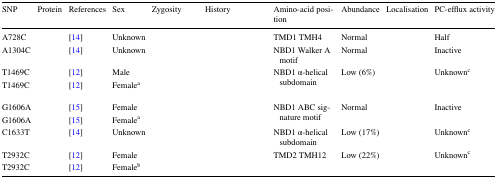
<table><thead><tr><td><b>SNP</b></td><td><b>Protein</b></td><td><b>References</b></td><td><b>Sex</b></td><td><b>Zygosity</b></td><td><b>History</b></td><td><b>Amino-acid position</b></td><td><b>Abundance</b></td><td><b>Localisation</b></td><td><b>PC-efflux activity</b></td></tr></thead><tbody><tr><td>A728C</td><td>[EMPTY_CELL]</td><td>[14]</td><td>Unknown</td><td>[EMPTY_CELL]</td><td>[EMPTY_CELL]</td><td>TMD1 TMH4</td><td>Normal</td><td>[EMPTY_CELL]</td><td>Half</td></tr><tr><td>A1304C</td><td>[EMPTY_CELL]</td><td>[14]</td><td>Unknown</td><td>[EMPTY_CELL]</td><td>[EMPTY_CELL]</td><td>NBD1 Walker A motif</td><td>Normal</td><td>[EMPTY_CELL]</td><td>Inactive</td></tr><tr><td>T1469C</td><td>[EMPTY_CELL]</td><td>[12]</td><td>Male</td><td>[EMPTY_CELL]</td><td>[EMPTY_CELL]</td><td rowspan="2">NBD1 α-helical subdomain</td><td rowspan="2">Low (6%)</td><td rowspan="2">[EMPTY_CELL]</td><td rowspan="2">Unknown<sup>c</sup></td></tr><tr><td>T1469C</td><td>[EMPTY_CELL]</td><td>[12]</td><td>Female<sup>a</sup></td><td>[EMPTY_CELL]</td><td>[EMPTY_CELL]</td></tr><tr><td>G1606A</td><td>[EMPTY_CELL]</td><td>[15]</td><td>Female</td><td>[EMPTY_CELL]</td><td>[EMPTY_CELL]</td><td rowspan="2">NBD1 ABC signature motif</td><td rowspan="2">Normal</td><td rowspan="2">[EMPTY_CELL]</td><td rowspan="2">Inactive</td></tr><tr><td>G1606A</td><td>[EMPTY_CELL]</td><td>[15]</td><td>Female<sup>a</sup></td><td>[EMPTY_CELL]</td><td>[EMPTY_CELL]</td></tr><tr><td>C1633T</td><td>[EMPTY_CELL]</td><td>[14]</td><td>Unknown</td><td>[EMPTY_CELL]</td><td>[EMPTY_CELL]</td><td>NBD1 α-helical subdomain</td><td>Low (17%)</td><td>[EMPTY_CELL]</td><td>Unknown<sup>c</sup></td></tr><tr><td>T2932C</td><td>[EMPTY_CELL]</td><td>[12]</td><td>Female</td><td>[EMPTY_CELL]</td><td>[EMPTY_CELL]</td><td rowspan="2">TMD2 TMH12</td><td rowspan="2">Low (22%)</td><td rowspan="2">[EMPTY_CELL]</td><td rowspan="2">Unknown<sup>c</sup></td></tr><tr><td>T2932C</td><td>[EMPTY_CELL]</td><td>[12]</td><td>Female<sup>b</sup></td><td>[EMPTY_CELL]</td><td>[EMPTY_CELL]</td></tr></tbody></table>